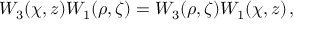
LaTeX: W _ { 3 } ( \chi , z ) W _ { 1 } ( \rho , \zeta ) = W _ { 3 } ( \rho , \zeta ) W _ { 1 } ( \chi , z ) \, ,